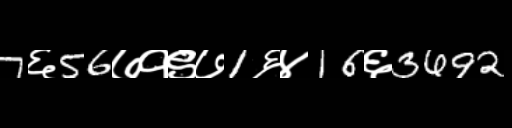
Text: 7६56७१९७1६४16६3692